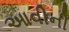
આવીની